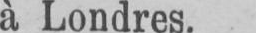
à Londres.